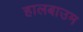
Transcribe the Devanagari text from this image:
हालबाउम